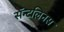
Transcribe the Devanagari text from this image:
सॅन्टलिनस